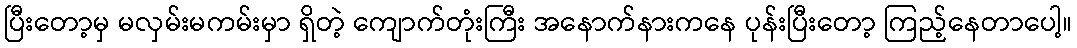
ပြီးတော့မှ မလှမ်းမကမ်းမှာ ရှိတဲ့ ကျောက်တုံးကြီး အနောက်နားကနေ ပုန်းပြီးတော့ ကြည့်နေတာပေါ့။